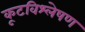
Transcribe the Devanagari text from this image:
कूटविश्लेषण